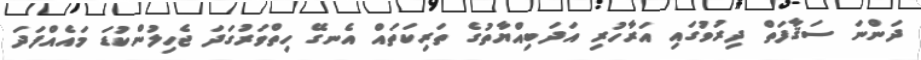
ދަންނަ ސަޤާފަތް ދިރުވުގައި އަރާހުރި އަދަބިއްޔާތުގެ ތަރިކަތައް އެނގޭ ހިތްވަރުގަދަ ޖެހިލުންކުޑަ މައެއްފަދަ